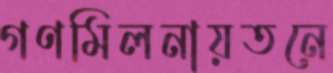
গণমিলনায়তনে